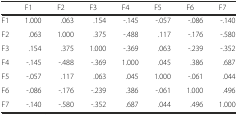
<table><thead><tr><td></td><td><b>F1</b></td><td><b>F2</b></td><td><b>F3</b></td><td><b>F4</b></td><td><b>F5</b></td><td><b>F6</b></td><td><b>F7</b></td></tr></thead><tbody><tr><td>F1</td><td>1.000</td><td>.063</td><td>.154</td><td>-.145</td><td>-.057</td><td>-.086</td><td>-.140</td></tr><tr><td>F2</td><td>.063</td><td>1.000</td><td>.375</td><td>-.488</td><td>.117</td><td>-.176</td><td>-.580</td></tr><tr><td>F3</td><td>.154</td><td>.375</td><td>1.000</td><td>-.369</td><td>.063</td><td>-.239</td><td>-.352</td></tr><tr><td>F4</td><td>-.145</td><td>-.488</td><td>-.369</td><td>1.000</td><td>.045</td><td>.386</td><td>.687</td></tr><tr><td>F5</td><td>-.057</td><td>.117</td><td>.063</td><td>.045</td><td>1.000</td><td>-.061</td><td>.044</td></tr><tr><td>F6</td><td>-.086</td><td>-.176</td><td>-.239</td><td>.386</td><td>-.061</td><td>1.000</td><td>.496</td></tr><tr><td>F7</td><td>-.140</td><td>-.580</td><td>-.352</td><td>.687</td><td>.044</td><td>.496</td><td>1.000</td></tr></tbody></table>